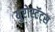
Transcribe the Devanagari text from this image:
युरोस्टॅट्स